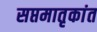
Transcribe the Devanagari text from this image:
सप्तमातृकांत